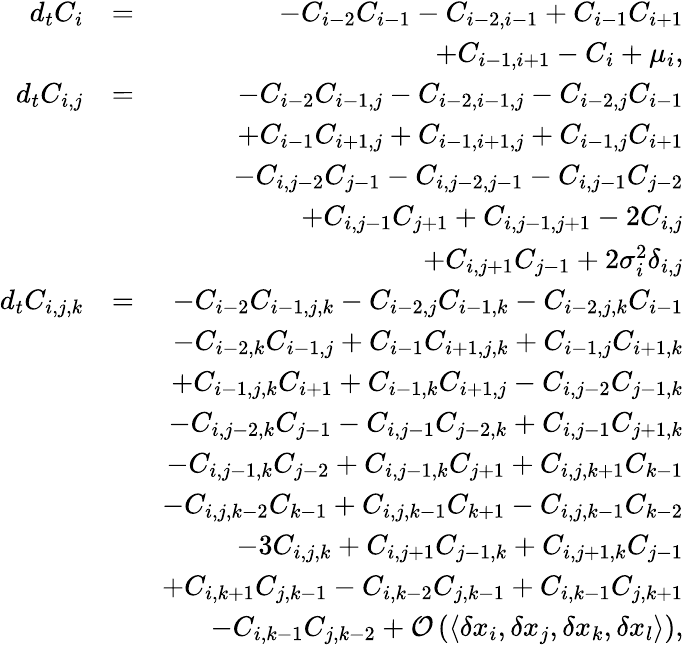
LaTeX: \begin{array}{rlr}{d_{t}C_{i}}&{=}&{-C_{i-2}C_{i-1}-C_{i-2,i-1}+C_{i-1}C_{i+1}}\\ &{}&{+C_{i-1,i+1}-C_{i}+\mu_{i},}\\ {d_{t}C_{i,j}}&{=}&{-C_{i-2}C_{i-1,j}-C_{i-2,i-1,j}-C_{i-2,j}C_{i-1}}\\ &{}&{+C_{i-1}C_{i+1,j}+C_{i-1,i+1,j}+C_{i-1,j}C_{i+1}}\\ &{}&{-C_{i,j-2}C_{j-1}-C_{i,j-2,j-1}-C_{i,j-1}C_{j-2}}\\ &{}&{+C_{i,j-1}C_{j+1}+C_{i,j-1,j+1}-2C_{i,j}}\\ &{}&{+C_{i,j+1}C_{j-1}+2\sigma_{i}^{2}\delta_{i,j}}\\ {d_{t}C_{i,j,k}}&{=}&{-C_{i-2}C_{i-1,j,k}-C_{i-2,j}C_{i-1,k}-C_{i-2,j,k}C_{i-1}}\\ &{}&{-C_{i-2,k}C_{i-1,j}+C_{i-1}C_{i+1,j,k}+C_{i-1,j}C_{i+1,k}}\\ &{}&{+C_{i-1,j,k}C_{i+1}+C_{i-1,k}C_{i+1,j}-C_{i,j-2}C_{j-1,k}}\\ &{}&{-C_{i,j-2,k}C_{j-1}-C_{i,j-1}C_{j-2,k}+C_{i,j-1}C_{j+1,k}}\\ &{}&{-C_{i,j-1,k}C_{j-2}+C_{i,j-1,k}C_{j+1}+C_{i,j,k+1}C_{k-1}}\\ &{}&{-C_{i,j,k-2}C_{k-1}+C_{i,j,k-1}C_{k+1}-C_{i,j,k-1}C_{k-2}}\\ &{}&{-3C_{i,j,k}+C_{i,j+1}C_{j-1,k}+C_{i,j+1,k}C_{j-1}}\\ &{}&{+C_{i,k+1}C_{j,k-1}-C_{i,k-2}C_{j,k-1}+C_{i,k-1}C_{j,k+1}}\\ &{}&{-C_{i,k-1}C_{j,k-2}+{\cal O}\left(\langle{\delta x_{i},\delta x_{j},\delta x_{k},\delta x_{l}}\rangle\right),}\end{array}